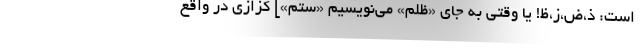
است: ذ،ض،ز،ظ! یا وقتی به جای «ظلم» می‌نویسیم «ستم»] کزازی در واقع